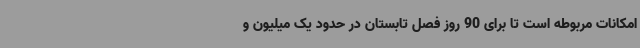
امکانات مربوطه است تا برای 90 روز فصل تابستان در حدود یک میلیون و